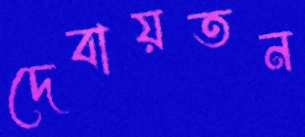
দেবায়তন